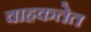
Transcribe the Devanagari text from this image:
वाहकतेत